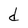
Character: d